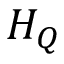
H _ { Q }